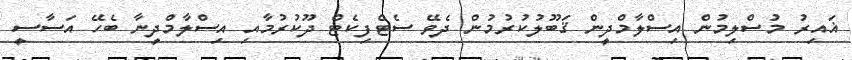
ޣައިރު މުސްލިމުން އިސްލާމްދީން ޤަބޫލުކުރުމުން ދެވޭ ސެޓްފިކެޓް ދޫކުރުމާއި އިސްލާމްދީނާ ބެހޭ އަސާސީ